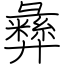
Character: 彝